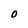
Character: O